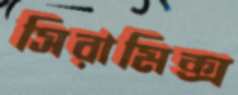
সিরামিক্স